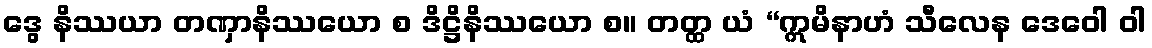
ဒွေ နိဿယာ တဏှာနိဿယော စ ဒိဋ္ဌိနိဿယော စ။ တတ္ထ ယံ “ဣမိနာဟံ သီလေန ဒေဝေါ ဝါ